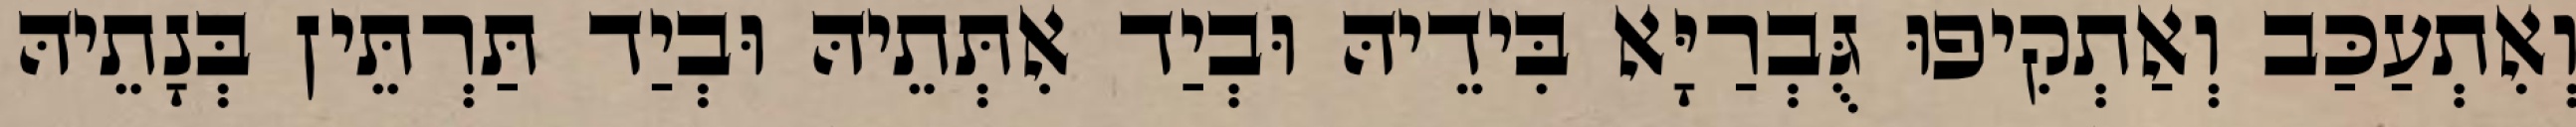
וְאִתְעַכַּב וְאַתְקִיפוּ גֻּבְרַיָּא בִּידֵיהּ וּבְיַד אִתְּתֵיהּ וּבְיַד תַּרְתֵּין בְּנָתֵיהּ